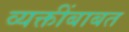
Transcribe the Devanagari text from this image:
व्यक्तींबाबत